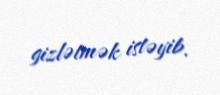
gizlətmək istəyib.